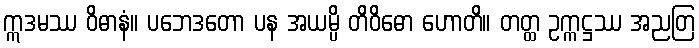
ဣဒမဿ ဝိဓာနံ။ ပဘေဒတော ပန အယမ္ပိ တိဝိဓော ဟောတိ။ တတ္ထ ဥက္ကဋ္ဌဿ အညတြ